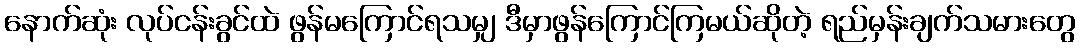
နောက်ဆုံး လုပ်ငန်းခွင်ထဲ ဖွန်မကြောင်ရသမျှ ဒီမှာဖွန်ကြောင်ကြမယ်ဆိုတဲ့ ရည်မှန်းချက်သမားတွေ